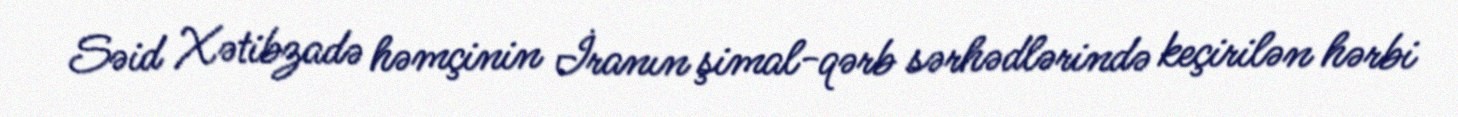
Səid Xətibzadə həmçinin İranın şimal-qərb sərhədlərində keçirilən hərbi